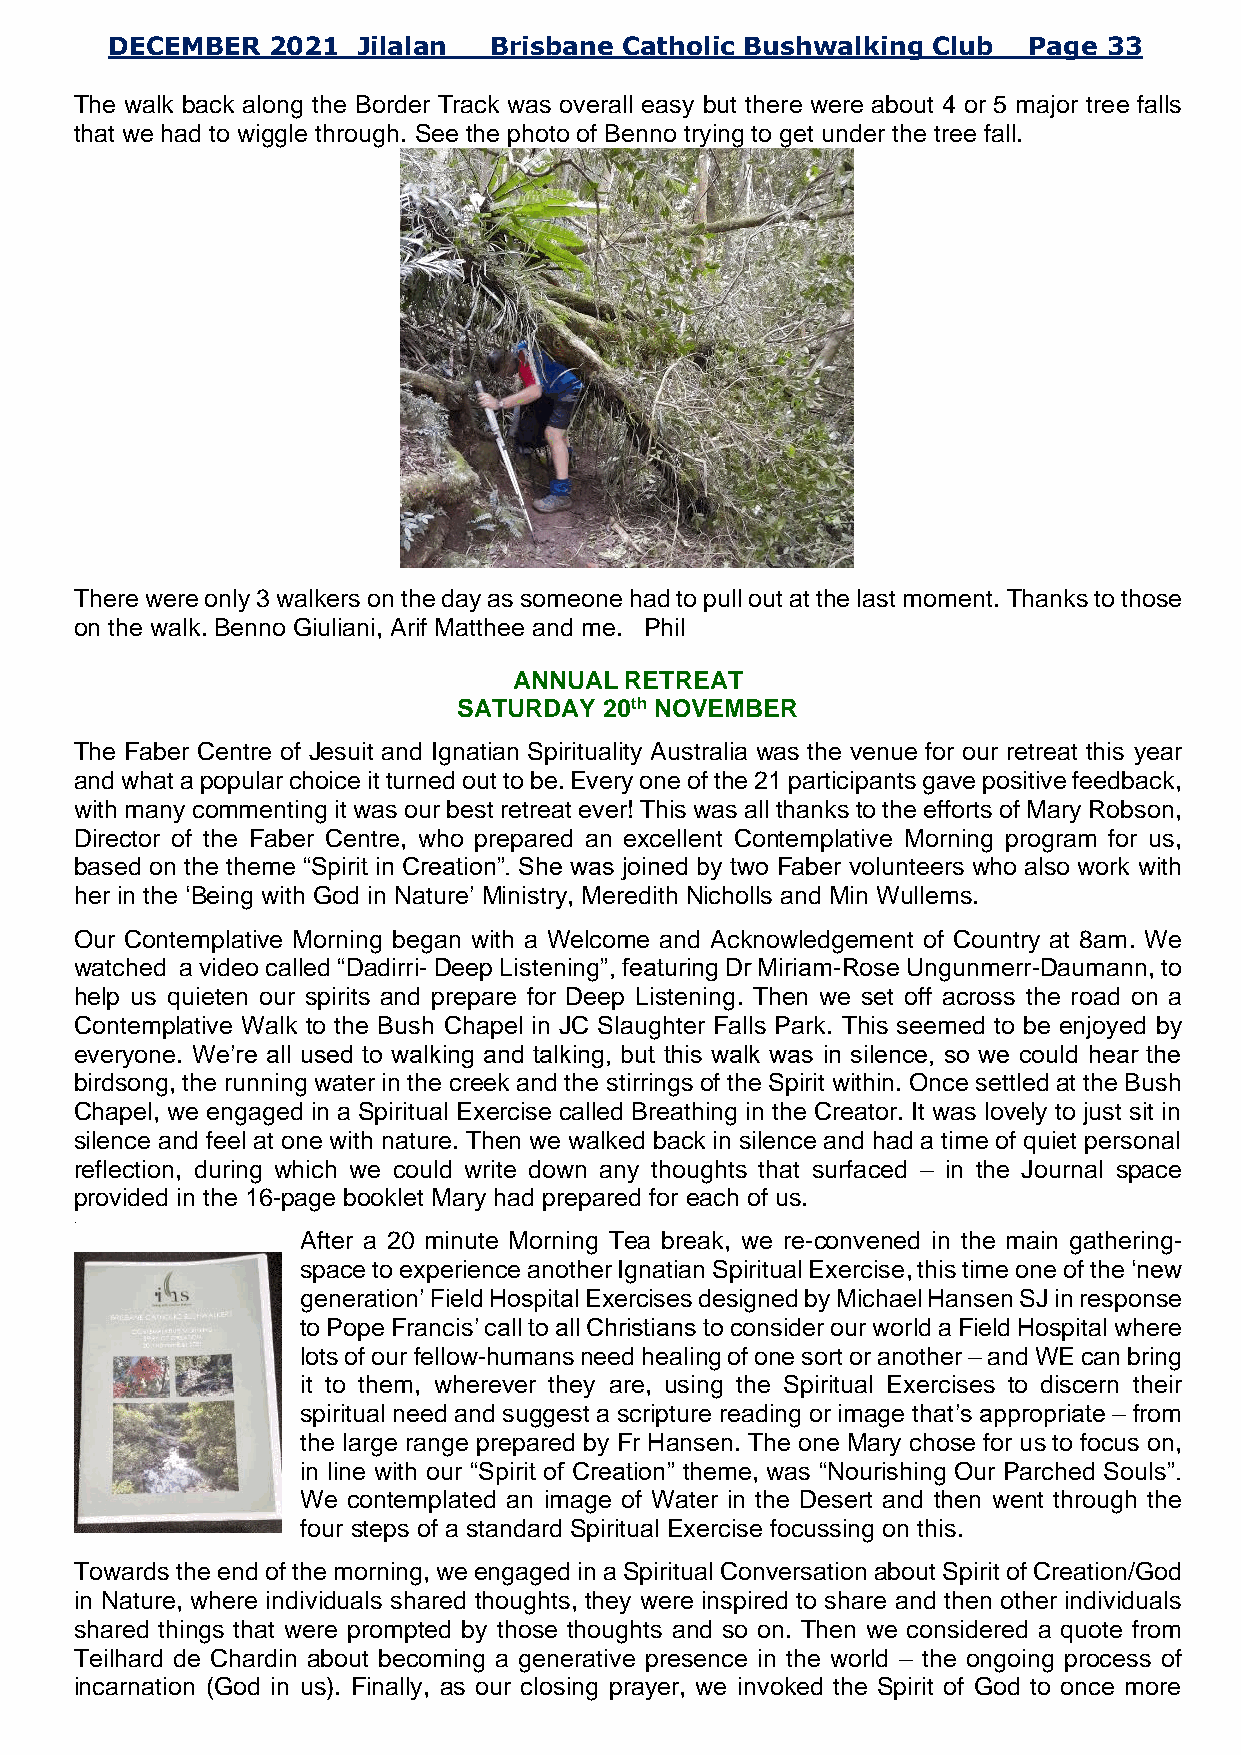
DECEMBER   2021  Jilalan Brisbane Catholic Bushwalking Club  Page 33
 The walk back along the Border Track was overall easy but there were about 4 or 5 major tree falls
 that we had to wiggle through. See the photo of Benno trying to get under the tree fall.
 There were only 3 walkers on the day as someone had to pull out at the last moment. Thanks to those
 on the walk. Benno Giuliani, Arif Matthee and me. Phil
 ANNUAL RETREAT
 SATURDAY  20th NOVEMBER
 The Faber Centre of Jesuit and Ignatian Spirituality Australia was the venue for our retreat this year
 and what a popular choice it turned out to be. Every one of the 21 participants gave positive feedback,
 with many commenting it was our best retreat ever! This was all thanks to the efforts of Mary Robson,
 Director of the Faber Centre, who prepared an excellent Contemplative Morning program for us,
 based on the theme “Spirit in Creation”. She was joined by two Faber volunteers who also work with
 her in the ‘Being with God in Nature’ Ministry, Meredith Nicholls and Min Wullems.
 Our Contemplative Morning began with a Welcome and Acknowledgement of Country at 8am. We
 watched a video called “Dadirri- Deep Listening”, featuring Dr Miriam-Rose Ungunmerr-Daumann, to
 help us quieten our spirits and prepare for Deep Listening. Then we set off across the road on a
 Contemplative Walk to the Bush Chapel in JC Slaughter Falls Park. This seemed to be enjoyed by
 everyone. We’re all used to walking and talking, but this walk was in silence, so we could hear the
 birdsong, the running water in the creek and the stirrings of the Spirit within. Once settled at the Bush
 Chapel, we engaged in a Spiritual Exercise called Breathing in the Creator. It was lovely to just sit in
 silence and feel at one with nature. Then we walked back in silence and had a time of quiet personal
 reflection, during which we could write down any thoughts that surfaced – in the Journal space
 provided in the 16-page booklet Mary had prepared for each of us.
 .
 After a 20 minute Morning Tea break, we re-convened in the main gathering-
 space to experience another Ignatian Spiritual Exercise, this time one of the ‘new
 generation’ Field Hospital Exercises designed by Michael Hansen SJ in response
 to Pope Francis’ call to all Christians to consider our world a Field Hospital where
 lots of our fellow-humans need healing of one sort or another – and WE can bring
 it to them, wherever they are, using the Spiritual Exercises to discern their
 spiritual need and suggest a scripture reading or image that’s appropriate – from
 the large range prepared by Fr Hansen. The one Mary chose for us to focus on,
 in line with our “Spirit of Creation” theme, was “Nourishing Our Parched Souls”.
 We contemplated an image of Water in the Desert and then went through the
 four steps of a standard Spiritual Exercise focussing on this.
 Towards the end of the morning, we engaged in a Spiritual Conversation about Spirit of Creation/God
 in Nature, where individuals shared thoughts, they were inspired to share and then other individuals
 shared things that were prompted by those thoughts and so on. Then we considered a quote from
 Teilhard de Chardin about becoming a generative presence in the world – the ongoing process of
 incarnation (God in us). Finally, as our closing prayer, we invoked the Spirit of God to once more